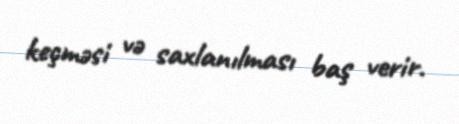
keçməsi və saxlanılması baş verir.